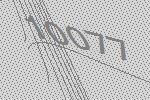
10077